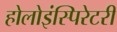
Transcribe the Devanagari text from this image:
होलोइंस्पिरेटरी